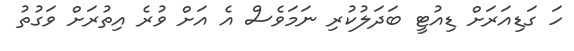
ހަ ގަޑިއަރަށް ޑިއުޓީ ބަދަލުކުރި ނަމަވެސް އެ އަށް ވުރެ އިތުރަށް ވަގުތު